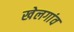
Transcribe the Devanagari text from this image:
खेलगांव